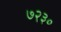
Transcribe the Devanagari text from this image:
७२३०